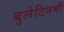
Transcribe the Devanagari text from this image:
बुलेटिनभी